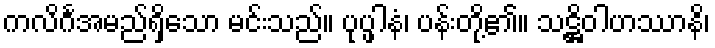
ကလိင်္ဂအမည်ရှိသော မင်းသည်။ ပုပ္ဖါနံ၊ ပန်းတို့၏။ သဋ္ဌိဝါဟဿာနိ၊